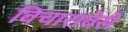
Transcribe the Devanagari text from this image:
विचारावेसे